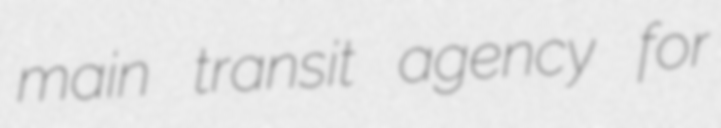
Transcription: main transit agency for